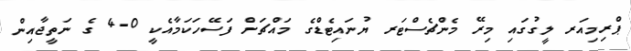
ޕްރިމިއަރ ލީގުގައި މިރޭ މެންޗެސްޓަރ ޔުނައިޓެޑްގެ މައްޗަށް ފަސޭހަކަމާއެކީ 0-4 ގެ ނަތީޖާއިން